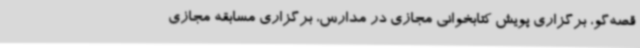
قصه‌گو، برگزاری پویش کتابخوانی مجازی در مدارس، برگزاری مسابقه مجازی